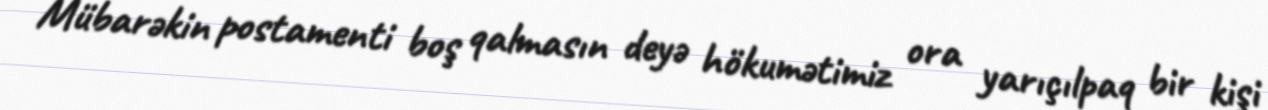
Mübarəkin postamenti boş qalmasın deyə hökumətimiz ora yarıçılpaq bir kişi